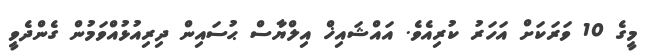
މީގެ 10 ވަރަކަށް އަހަރު ކުރިއެވެ. އައްޝައިޚް އިލްޔާސް ޙުސައިން ދިރިއުޅުއްވަމުން ގެންދެވީ